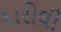
દારોલી